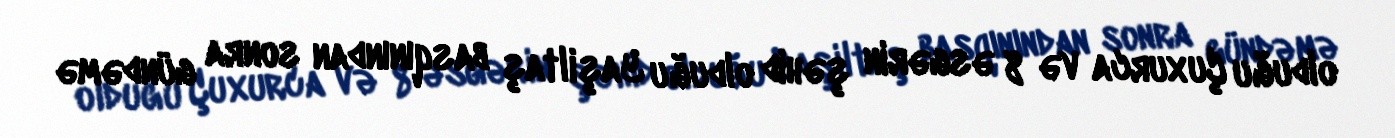
olduğu Çuxurca və 8 əsgərin şəhid olduğu Yaşiltaş basqınından sonra gündəmə